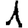
Digit: 1